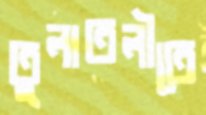
তুলাতলীতে